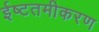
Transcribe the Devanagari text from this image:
ईष्टतमीकरण